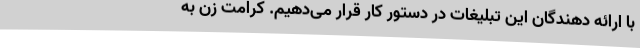
با ارائه دهندگان این تبلیغات در دستور کار قرار می‌دهیم. کرامت زن به